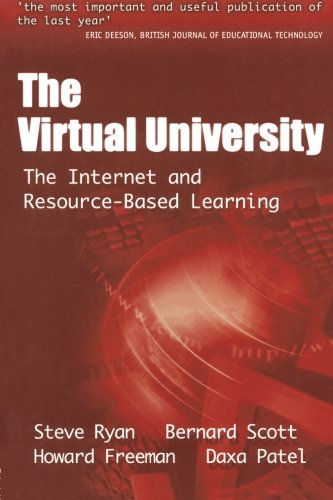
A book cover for The Virtual University: The Internet and Resource-based Learning (Open and Flexible Learning Series); Howard Freeman; Education & Teaching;